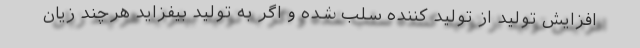
افزایش تولید از تولید کننده سلب شده و اگر به تولید بیفزاید هرچند زیان